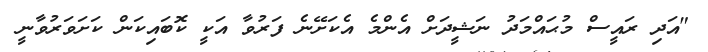
"އަދި ރައީސް މުޙައްމަދު ނަޝީދަށް އެންމެ އެކަށޭނެ ފަރުވާ އަކީ ކޮބައިކަން ކަަށަވަރުވާނީ